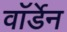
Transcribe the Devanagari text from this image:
वाॅर्डेन